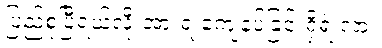
ပြည့်စုံပြီရယ်လို့ အားရ ကျေနပ်ခြင်းရှိရဲ့လား